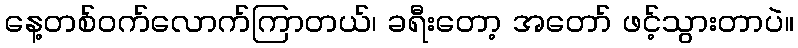
နေ့တစ်ဝက်လောက်ကြာတယ်၊ ခရီးတော့ အတော် ဖင့်သွားတာပဲ။